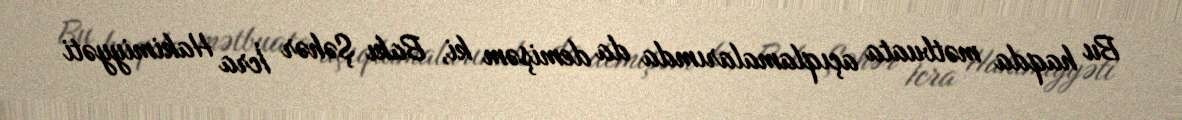
Bu haqda mətbuata açıqlamalarımda da demişəm ki, Bakı Şəhər İcra Hakimiyyəti